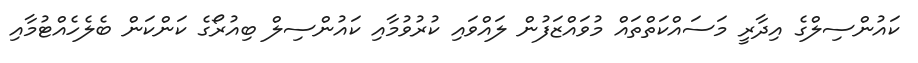
ކައުންސިލްގެ އިދާރީ މަސައްކަތްތައް މުވައްޒަފުން ލައްވައި ކުރުވުމާއި ކައުންސިލް ބިއުރޯގެ ކަންކަން ބެލެހެއްޓުމާއި